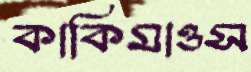
কাকিমাওস